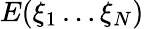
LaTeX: E(\xi_{1}\ldots\xi_{N})